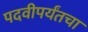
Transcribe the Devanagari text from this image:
पदवीपर्यंतचा